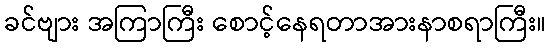
ခင်ဗျား အကြာကြီး စောင့်နေရတာအားနာစရာကြီး။